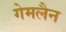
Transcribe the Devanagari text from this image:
गेमलैन